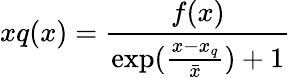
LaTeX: xq(x)={\frac{f(x)}{\exp({\frac{x-x_{q}}{\bar{x}}})+1}}